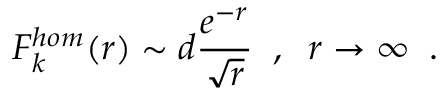
F _ { k } ^ { h o m } ( r ) \sim d \frac { e ^ { - r } } { \sqrt { r } } \; \; , \; \; r \rightarrow \infty \; \; .